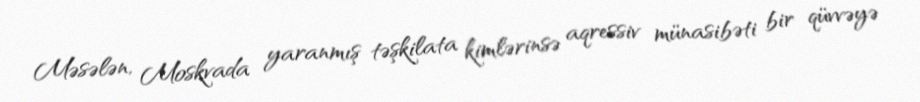
Məsələn, Moskvada yaranmış təşkilata kimlərinsə aqressiv münasibəti bir qüvvəyə